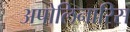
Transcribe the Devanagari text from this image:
अपोलिनारिस